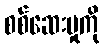
စစ်ဆေးမှုကို